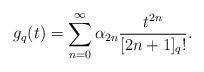
LaTeX: \begin{align*}g_q(t)=\sum_{n=0}^\infty \alpha_{2n} \frac{t^{2n}}{[2n+1]_q!}.\end{align*}